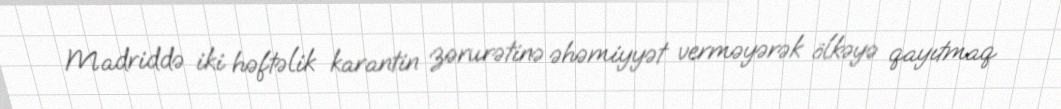
Madriddə iki həftəlik karantin zərurətinə əhəmiyyət verməyərək ölkəyə qayıtmaq